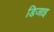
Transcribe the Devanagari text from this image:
डिजाइ